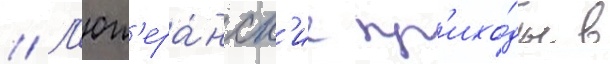
// Л'ют'ера́нск'ие пр'ихо́ды в